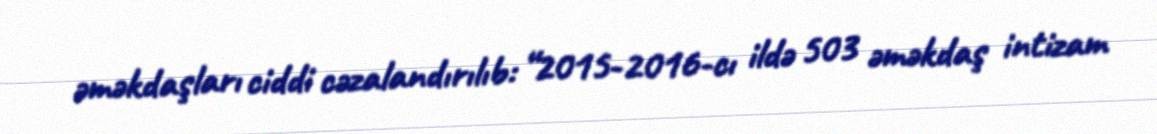
əməkdaşları ciddi cəzalandırılıb: “2015-2016-cı ildə 503 əməkdaş intizam